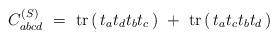
LaTeX: \begin{align*} C^{(S)}_{abcd} \ =\ {\rm tr} \left(\, t_a t_d t_b t_c \,\right) \ +\ {\rm tr} \left(\, t_a t_c t_b t_d \,\right)\end{align*}